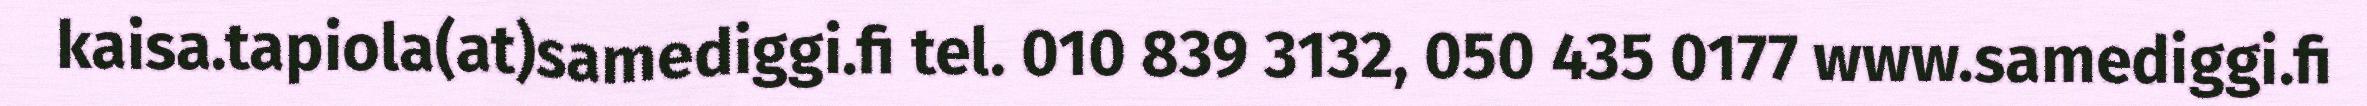
kaisa.tapiola(at)samediggi.fi tel. 010 839 3132, 050 435 0177 www.samediggi.fi